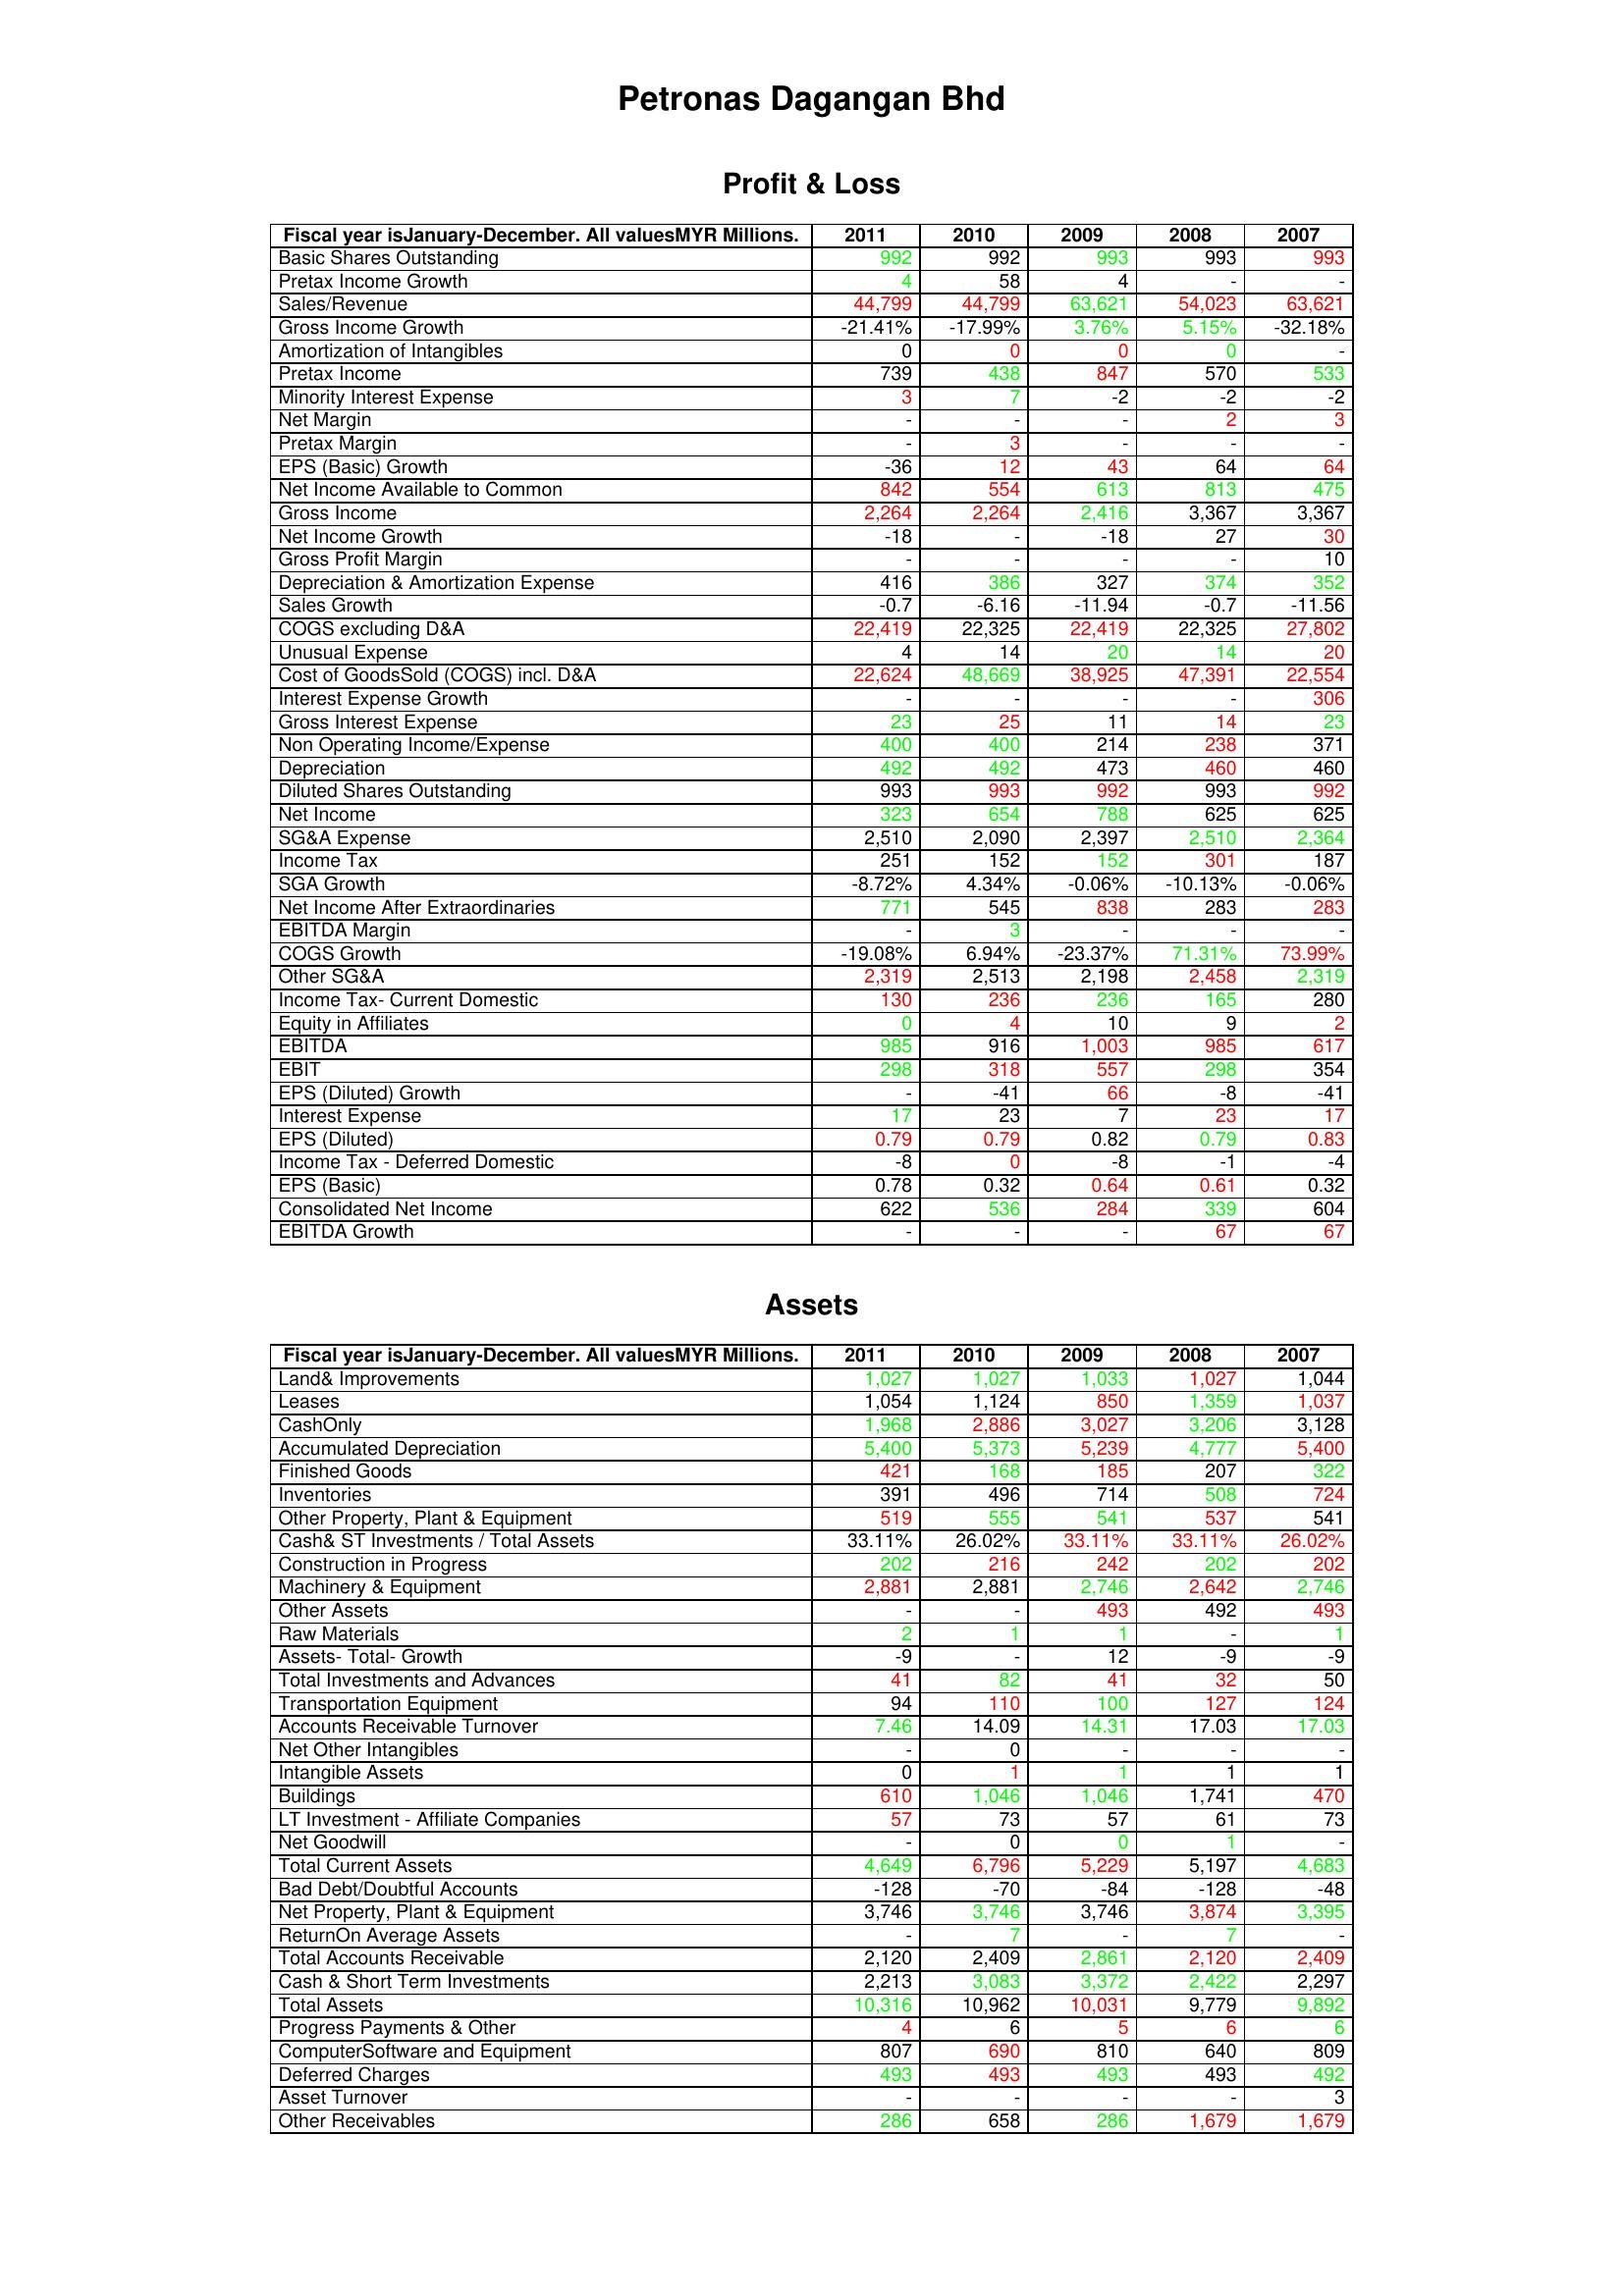
gt_parse: 2011: Profit & Loss: Basic Shares Outstanding: 992
Pretax Income Growth: 4
Sales/Revenue: 44,799
Gross Income Growth: -21.41%
Amortization of Intangibles: 0
Pretax Income: 739
Minority Interest Expense: 3
Net Margin: -
Pretax Margin: -
EPS (Basic) Growth: -36
Net Income Available to Common: 842
Gross Income: 2,264
Net Income Growth: -18
Gross Profit Margin: -
Depreciation & Amortization Expense: 416
Sales Growth: -0.7
COGS excluding D&A: 22,419
Unusual Expense: 4
Cost of GoodsSold (COGS) incl. D&A: 22,624
Interest Expense Growth: -
Gross Interest Expense: 23
Non Operating Income/Expense: 400
Depreciation: 492
Diluted Shares Outstanding: 993
Net Income: 323
SG&A Expense: 2,510
Income Tax: 251
SGA Growth: -8.72%
Net Income After Extraordinaries: 771
EBITDA Margin: -
COGS Growth: -19.08%
Other SG&A: 2,319
Income Tax- Current Domestic: 130
Equity in Affiliates: 0
EBITDA: 985
EBIT: 298
EPS (Diluted) Growth: -
Interest Expense: 17
EPS (Diluted): 0.79
Income Tax - Deferred Domestic: -8
EPS (Basic): 0.78
Consolidated Net Income: 622
EBITDA Growth: -
Assets: Land& Improvements: 1,027
Leases: 1,054
CashOnly: 1,968
Accumulated Depreciation: 5,400
Finished Goods: 421
Inventories: 391
Other Property, Plant & Equipment: 519
Cash& ST Investments / Total Assets: 33.11%
Construction in Progress: 202
Machinery & Equipment: 2,881
Other Assets: -
Raw Materials: 2
Assets- Total- Growth: -9
Total Investments and Advances: 41
Transportation Equipment: 94
Accounts Receivable Turnover: 7.46
Net Other Intangibles: -
Intangible Assets: 0
Buildings: 610
LT Investment - Affiliate Companies: 57
Net Goodwill: -
Total Current Assets: 4,649
Bad Debt/Doubtful Accounts: -128
Net Property, Plant & Equipment: 3,746
ReturnOn Average Assets: -
Total Accounts Receivable: 2,120
Cash & Short Term Investments: 2,213
Total Assets: 10,316
Progress Payments & Other: 4
ComputerSoftware and Equipment: 807
Deferred Charges: 493
Asset Turnover: -
Other Receivables: 286
2010: Profit & Loss: Basic Shares Outstanding: 992
Pretax Income Growth: 58
Sales/Revenue: 44,799
Gross Income Growth: -17.99%
Amortization of Intangibles: 0
Pretax Income: 438
Minority Interest Expense: 7
Net Margin: -
Pretax Margin: 3
EPS (Basic) Growth: 12
Net Income Available to Common: 554
Gross Income: 2,264
Net Income Growth: -
Gross Profit Margin: -
Depreciation & Amortization Expense: 386
Sales Growth: -6.16
COGS excluding D&A: 22,325
Unusual Expense: 14
Cost of GoodsSold (COGS) incl. D&A: 48,669
Interest Expense Growth: -
Gross Interest Expense: 25
Non Operating Income/Expense: 400
Depreciation: 492
Diluted Shares Outstanding: 993
Net Income: 654
SG&A Expense: 2,090
Income Tax: 152
SGA Growth: 4.34%
Net Income After Extraordinaries: 545
EBITDA Margin: 3
COGS Growth: 6.94%
Other SG&A: 2,513
Income Tax- Current Domestic: 236
Equity in Affiliates: 4
EBITDA: 916
EBIT: 318
EPS (Diluted) Growth: -41
Interest Expense: 23
EPS (Diluted): 0.79
Income Tax - Deferred Domestic: 0
EPS (Basic): 0.32
Consolidated Net Income: 536
EBITDA Growth: -
Assets: Land& Improvements: 1,027
Leases: 1,124
CashOnly: 2,886
Accumulated Depreciation: 5,373
Finished Goods: 168
Inventories: 496
Other Property, Plant & Equipment: 555
Cash& ST Investments / Total Assets: 26.02%
Construction in Progress: 216
Machinery & Equipment: 2,881
Other Assets: -
Raw Materials: 1
Assets- Total- Growth: -
Total Investments and Advances: 82
Transportation Equipment: 110
Accounts Receivable Turnover: 14.09
Net Other Intangibles: 0
Intangible Assets: 1
Buildings: 1,046
LT Investment - Affiliate Companies: 73
Net Goodwill: 0
Total Current Assets: 6,796
Bad Debt/Doubtful Accounts: -70
Net Property, Plant & Equipment: 3,746
ReturnOn Average Assets: 7
Total Accounts Receivable: 2,409
Cash & Short Term Investments: 3,083
Total Assets: 10,962
Progress Payments & Other: 6
ComputerSoftware and Equipment: 690
Deferred Charges: 493
Asset Turnover: -
Other Receivables: 658
2009: Profit & Loss: Basic Shares Outstanding: 993
Pretax Income Growth: 4
Sales/Revenue: 63,621
Gross Income Growth: 3.76%
Amortization of Intangibles: 0
Pretax Income: 847
Minority Interest Expense: -2
Net Margin: -
Pretax Margin: -
EPS (Basic) Growth: 43
Net Income Available to Common: 613
Gross Income: 2,416
Net Income Growth: -18
Gross Profit Margin: -
Depreciation & Amortization Expense: 327
Sales Growth: -11.94
COGS excluding D&A: 22,419
Unusual Expense: 20
Cost of GoodsSold (COGS) incl. D&A: 38,925
Interest Expense Growth: -
Gross Interest Expense: 11
Non Operating Income/Expense: 214
Depreciation: 473
Diluted Shares Outstanding: 992
Net Income: 788
SG&A Expense: 2,397
Income Tax: 152
SGA Growth: -0.06%
Net Income After Extraordinaries: 838
EBITDA Margin: -
COGS Growth: -23.37%
Other SG&A: 2,198
Income Tax- Current Domestic: 236
Equity in Affiliates: 10
EBITDA: 1,003
EBIT: 557
EPS (Diluted) Growth: 66
Interest Expense: 7
EPS (Diluted): 0.82
Income Tax - Deferred Domestic: -8
EPS (Basic): 0.64
Consolidated Net Income: 284
EBITDA Growth: -
Assets: Land& Improvements: 1,033
Leases: 850
CashOnly: 3,027
Accumulated Depreciation: 5,239
Finished Goods: 185
Inventories: 714
Other Property, Plant & Equipment: 541
Cash& ST Investments / Total Assets: 33.11%
Construction in Progress: 242
Machinery & Equipment: 2,746
Other Assets: 493
Raw Materials: 1
Assets- Total- Growth: 12
Total Investments and Advances: 41
Transportation Equipment: 100
Accounts Receivable Turnover: 14.31
Net Other Intangibles: -
Intangible Assets: 1
Buildings: 1,046
LT Investment - Affiliate Companies: 57
Net Goodwill: 0
Total Current Assets: 5,229
Bad Debt/Doubtful Accounts: -84
Net Property, Plant & Equipment: 3,746
ReturnOn Average Assets: -
Total Accounts Receivable: 2,861
Cash & Short Term Investments: 3,372
Total Assets: 10,031
Progress Payments & Other: 5
ComputerSoftware and Equipment: 810
Deferred Charges: 493
Asset Turnover: -
Other Receivables: 286
2008: Profit & Loss: Basic Shares Outstanding: 993
Pretax Income Growth: -
Sales/Revenue: 54,023
Gross Income Growth: 5.15%
Amortization of Intangibles: 0
Pretax Income: 570
Minority Interest Expense: -2
Net Margin: 2
Pretax Margin: -
EPS (Basic) Growth: 64
Net Income Available to Common: 813
Gross Income: 3,367
Net Income Growth: 27
Gross Profit Margin: -
Depreciation & Amortization Expense: 374
Sales Growth: -0.7
COGS excluding D&A: 22,325
Unusual Expense: 14
Cost of GoodsSold (COGS) incl. D&A: 47,391
Interest Expense Growth: -
Gross Interest Expense: 14
Non Operating Income/Expense: 238
Depreciation: 460
Diluted Shares Outstanding: 993
Net Income: 625
SG&A Expense: 2,510
Income Tax: 301
SGA Growth: -10.13%
Net Income After Extraordinaries: 283
EBITDA Margin: -
COGS Growth: 71.31%
Other SG&A: 2,458
Income Tax- Current Domestic: 165
Equity in Affiliates: 9
EBITDA: 985
EBIT: 298
EPS (Diluted) Growth: -8
Interest Expense: 23
EPS (Diluted): 0.79
Income Tax - Deferred Domestic: -1
EPS (Basic): 0.61
Consolidated Net Income: 339
EBITDA Growth: 67
Assets: Land& Improvements: 1,027
Leases: 1,359
CashOnly: 3,206
Accumulated Depreciation: 4,777
Finished Goods: 207
Inventories: 508
Other Property, Plant & Equipment: 537
Cash& ST Investments / Total Assets: 33.11%
Construction in Progress: 202
Machinery & Equipment: 2,642
Other Assets: 492
Raw Materials: -
Assets- Total- Growth: -9
Total Investments and Advances: 32
Transportation Equipment: 127
Accounts Receivable Turnover: 17.03
Net Other Intangibles: -
Intangible Assets: 1
Buildings: 1,741
LT Investment - Affiliate Companies: 61
Net Goodwill: 1
Total Current Assets: 5,197
Bad Debt/Doubtful Accounts: -128
Net Property, Plant & Equipment: 3,874
ReturnOn Average Assets: 7
Total Accounts Receivable: 2,120
Cash & Short Term Investments: 2,422
Total Assets: 9,779
Progress Payments & Other: 6
ComputerSoftware and Equipment: 640
Deferred Charges: 493
Asset Turnover: -
Other Receivables: 1,679
2007: Profit & Loss: Basic Shares Outstanding: 993
Pretax Income Growth: -
Sales/Revenue: 63,621
Gross Income Growth: -32.18%
Amortization of Intangibles: -
Pretax Income: 533
Minority Interest Expense: -2
Net Margin: 3
Pretax Margin: -
EPS (Basic) Growth: 64
Net Income Available to Common: 475
Gross Income: 3,367
Net Income Growth: 30
Gross Profit Margin: 10
Depreciation & Amortization Expense: 352
Sales Growth: -11.56
COGS excluding D&A: 27,802
Unusual Expense: 20
Cost of GoodsSold (COGS) incl. D&A: 22,554
Interest Expense Growth: 306
Gross Interest Expense: 23
Non Operating Income/Expense: 371
Depreciation: 460
Diluted Shares Outstanding: 992
Net Income: 625
SG&A Expense: 2,364
Income Tax: 187
SGA Growth: -0.06%
Net Income After Extraordinaries: 283
EBITDA Margin: -
COGS Growth: 73.99%
Other SG&A: 2,319
Income Tax- Current Domestic: 280
Equity in Affiliates: 2
EBITDA: 617
EBIT: 354
EPS (Diluted) Growth: -41
Interest Expense: 17
EPS (Diluted): 0.83
Income Tax - Deferred Domestic: -4
EPS (Basic): 0.32
Consolidated Net Income: 604
EBITDA Growth: 67
Assets: Land& Improvements: 1,044
Leases: 1,037
CashOnly: 3,128
Accumulated Depreciation: 5,400
Finished Goods: 322
Inventories: 724
Other Property, Plant & Equipment: 541
Cash& ST Investments / Total Assets: 26.02%
Construction in Progress: 202
Machinery & Equipment: 2,746
Other Assets: 493
Raw Materials: 1
Assets- Total- Growth: -9
Total Investments and Advances: 50
Transportation Equipment: 124
Accounts Receivable Turnover: 17.03
Net Other Intangibles: -
Intangible Assets: 1
Buildings: 470
LT Investment - Affiliate Companies: 73
Net Goodwill: -
Total Current Assets: 4,683
Bad Debt/Doubtful Accounts: -48
Net Property, Plant & Equipment: 3,395
ReturnOn Average Assets: -
Total Accounts Receivable: 2,409
Cash & Short Term Investments: 2,297
Total Assets: 9,892
Progress Payments & Other: 6
ComputerSoftware and Equipment: 809
Deferred Charges: 492
Asset Turnover: 3
Other Receivables: 1,679